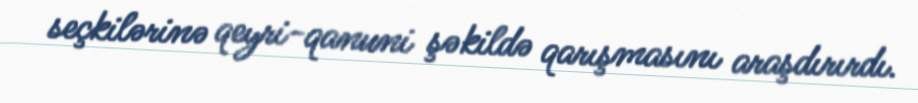
seçkilərinə qeyri-qanuni şəkildə qarışmasını araşdırırdı.